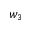
w _ { 3 }